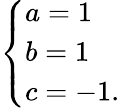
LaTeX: \left\{ \begin{array}{l}{{a=1}}\\ {{b=1}}\\ {{c=-1.}}\end{array}\right.